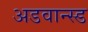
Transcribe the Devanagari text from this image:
अडवान्स्ड